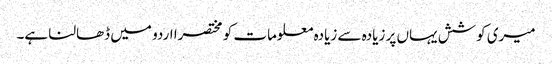
میری کوشش یہاں پر زیادہ سے زیادہ معلومات کو مختصرا اردو میں ڈھالنا ہے۔